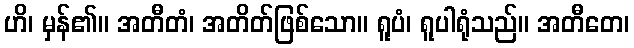
ဟိ၊ မှန်၏။ အတီတံ၊ အတိတ်ဖြစ်သော။ ရူပံ၊ ရူပါရုံသည်။ အတီတေ၊